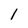
Character: 1